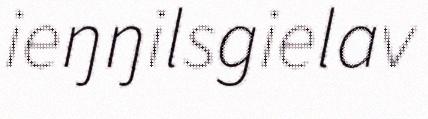
ieŋŋilsgielav